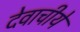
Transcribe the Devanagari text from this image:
देवाचीये